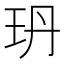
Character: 玬